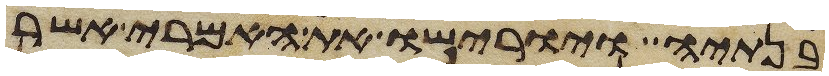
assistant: בנתיה ויורישו את האמרי אשר